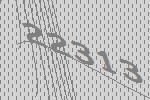
22313